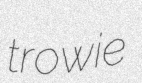
trowie